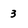
Character: 3